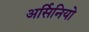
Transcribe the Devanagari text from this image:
अर्सिनियो